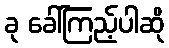
ခု ခေါ်ကြည့်ပါဆို